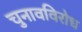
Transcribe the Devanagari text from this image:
चुनावविरोध